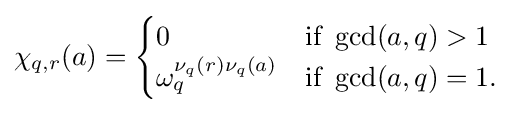
\chi _{q,r}(a)={\begin{cases}0&{\text{if }}\gcd(a,q)>1\\\omega _{q}^{\nu _{q}(r)\nu _{q}(a)}&{\text{if }}\gcd(a,q)=1.\end{cases}}